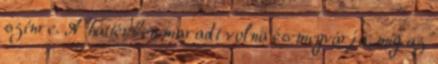
színre. A háttérben maradt volna és megvárja, míg az